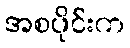
အစပိုင်းက